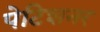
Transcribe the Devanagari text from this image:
पेटिशनर